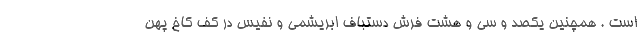
است . همچنین یکصد و سی و هشت فرش دستباف ابریشمی و نفیس در کف کاخ پهن